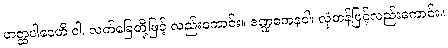
ဟတ္ထပါဒေဟိ ဝါ၊ လက်ခြေတို့ဖြင့် လည်းကောင်း။ ဒဏ္ဍကေနဝါ၊ လှံတန်ဖြင့်လည်းကောင်း။